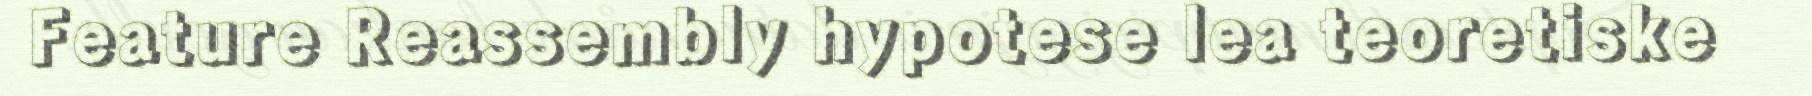
Feature Reassembly hypotese lea teoretiske